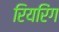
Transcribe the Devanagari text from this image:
रियरिंग